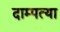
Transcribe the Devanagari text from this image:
दाम्पत्या